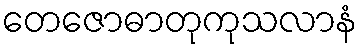
တေဇောဓာတုကုသလာနံ